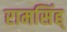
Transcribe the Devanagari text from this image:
रामसिंह्